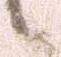
候